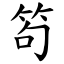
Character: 笱